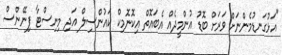
"އަޅުގަނޑުމެންނަށް ވަރަށް ބޮޑު އުންމީދެއް އެބައޮތް އިކޮނޮމިކް ކައުންސިލް އަދި މިނިސްޓާ ފިނޭންސް